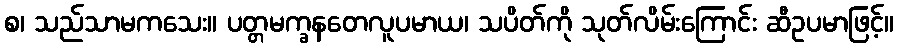
စ၊ သည်သာမကသေး။ ပတ္တမက္ခနတေလူပမာယ၊ သပိတ်ကို သုတ်လိမ်းကြောင်း ဆီဥပမာဖြင့်။